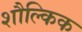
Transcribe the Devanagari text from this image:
शौल्किक